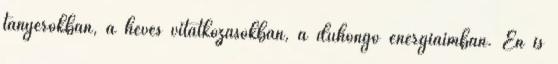
tányérokban, a heves vitatkozásokban, a dühöngő energiáimban. Én is